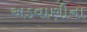
અડવાણીના